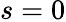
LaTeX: s=0